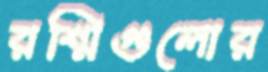
রশ্মিগুলোর